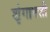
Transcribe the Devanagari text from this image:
शृंगापत्ती